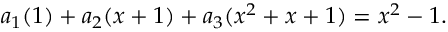
a _ { 1 } ( 1 ) + a _ { 2 } ( x + 1 ) + a _ { 3 } ( x ^ { 2 } + x + 1 ) = x ^ { 2 } - 1 .